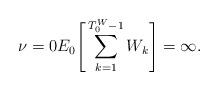
LaTeX: \begin{align*} \nu=0 E_0\Bigg[\sum_{k=1}^{T_0^{W}-1}W_k\Bigg]=\infty. \end{align*}